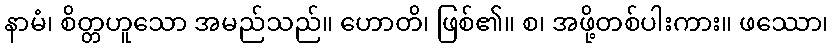
နာမံ၊ စိတ္တဟူသော အမည်သည်။ ဟောတိ၊ ဖြစ်၏။ စ၊ အဖို့တစ်ပါးကား။ ဖဿော၊